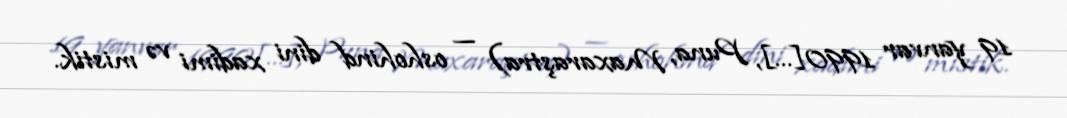
19 yanvar 1990[…], Puna, Maxaraştra) — oshohind dini xadimi və mistik.